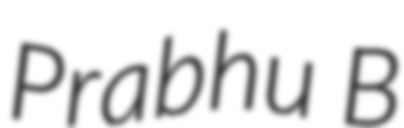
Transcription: Prabhu B